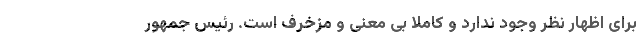
برای اظهار نظر وجود ندارد و کاملا بی معنی و مزخرف است. رئیس جمهور